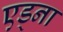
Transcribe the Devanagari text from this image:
एड्ना